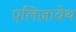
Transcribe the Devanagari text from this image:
एलिज़ावेथ